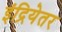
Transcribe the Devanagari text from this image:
इंद्रियेतर